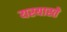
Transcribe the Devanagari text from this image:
यस्यास्ते